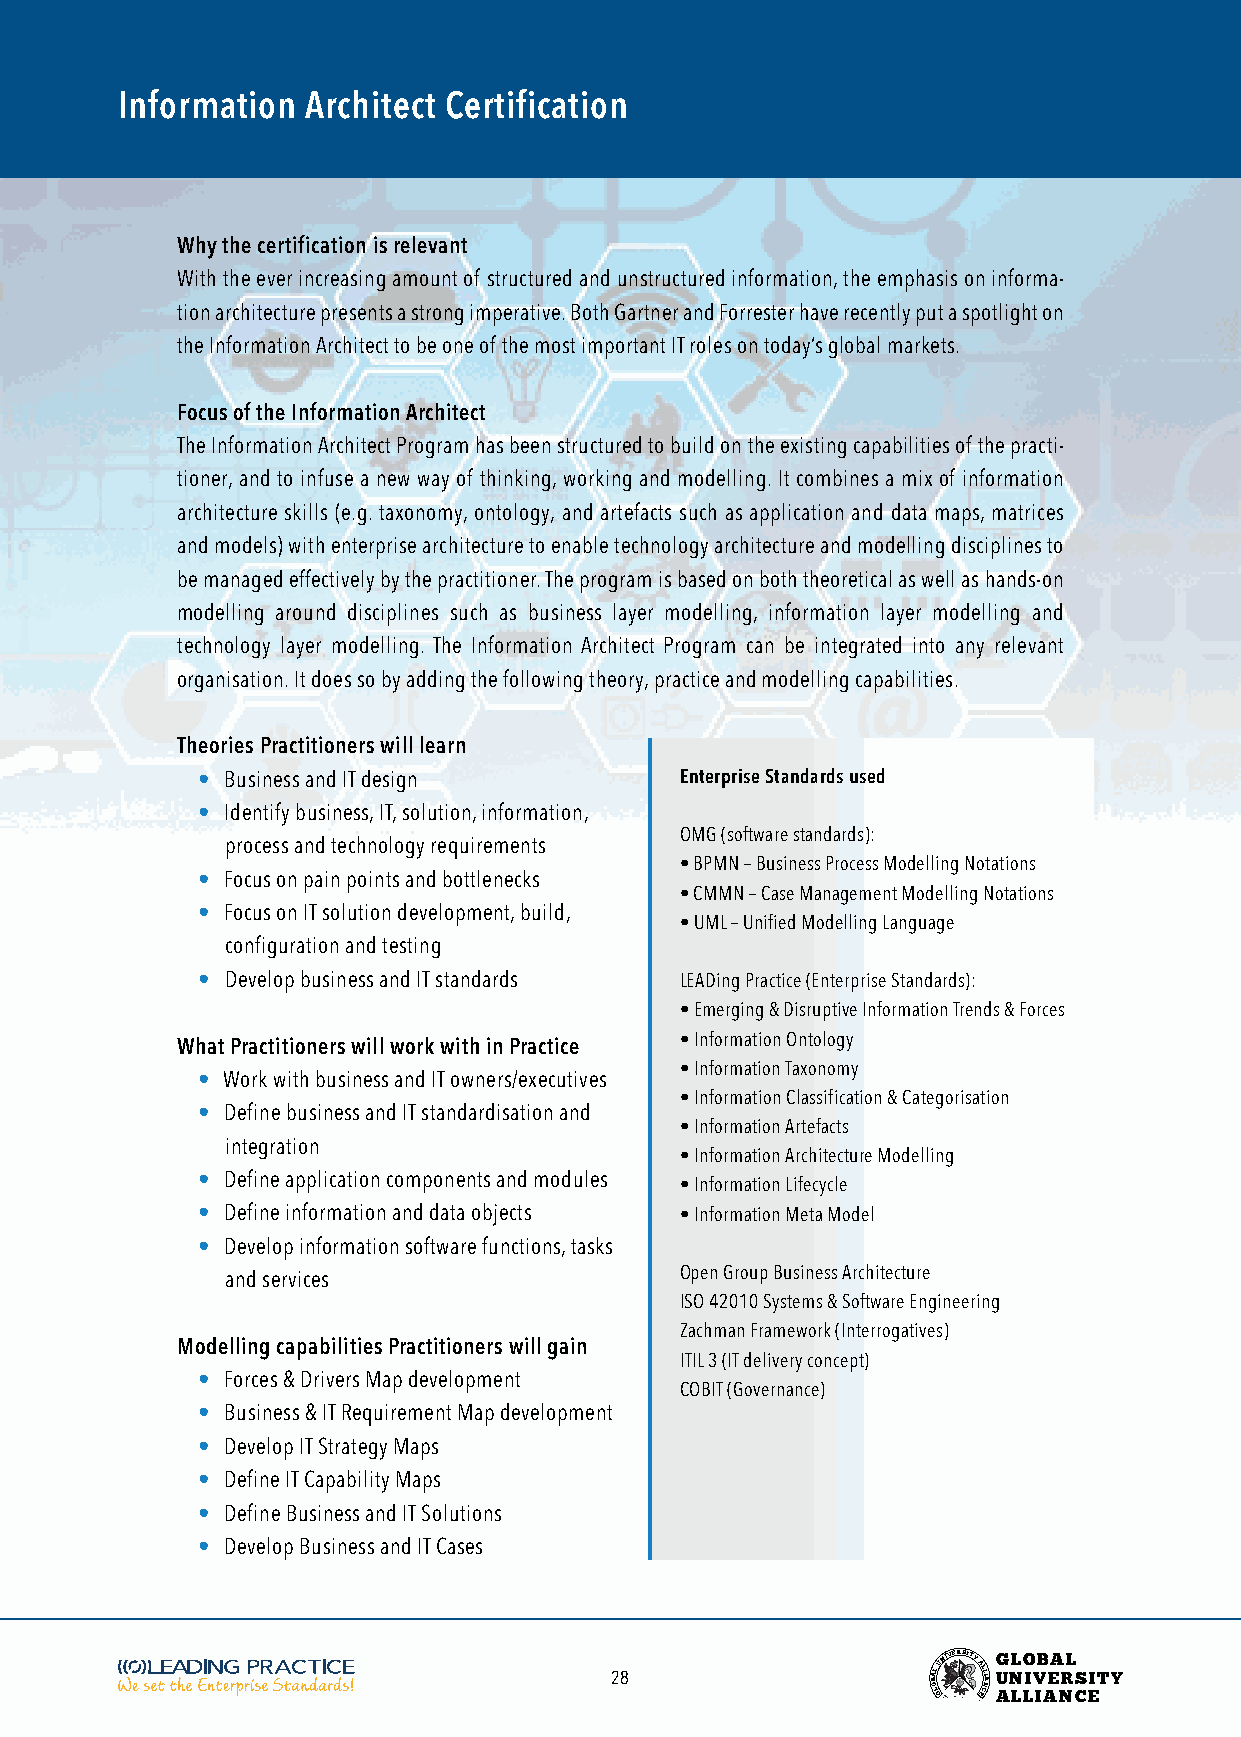
Information Architect Certification
 Why the certification is relevant
 With the ever increasing amount of structured and unstructured information, the emphasis on informa-
 tion architecture presents a strong imperative. Both Gartner and Forrester have recently put a spotlight on
 the Information Architect to be one of the most important IT roles on today’s global markets.
 Focus of the Information Architect
 The Information Architect Program has been structured to build on the existing capabilities of the practi-
 tioner, and to infuse a new way of thinking, working and modelling. It combines a mix of information
 architecture skills (e.g. taxonomy, ontology, and artefacts such as application and data maps, matrices
 and models) with enterprise architecture to enable technology architecture and modelling disciplines to
 be managed effectively by the practitioner. The program is based on both theoretical as well as hands-on
 modelling around disciplines such as business layer modelling, information layer modelling and
 technology layer modelling. The Information Architect Program can be integrated into any relevant
 organisation. It does so by adding the following theory, practice and modelling capabilities.
 Theories Practitioners will learn
 • Business and IT design        Enterprise Standards used
 • Identify business, IT, solution, information,
 OMG (software standards):
 process and technology requirements
 • BPMN – Business Process Modelling Notations
 • Focus on pain points and bottlenecks
 • CMMN – Case Management Modelling Notations
 • Focus on IT solution development, build,
 • UML – Unified Modelling Language
 configuration and testing
 • Develop business and IT standards LEADing Practice (Enterprise Standards):
 • Emerging & Disruptive Information Trends & Forces
 What Practitioners will work with in Practice • Information Ontology
 • Information Taxonomy
 • Work with business and IT owners/executives
 • Information Classification & Categorisation
 • Define business and IT standardisation and
 • Information Artefacts
 integration
 • Information Architecture Modelling
 • Define application components and modules
 • Information Lifecycle
 • Define information and data objects • Information Meta Model
 • Develop information software functions, tasks
 and services                  Open Group Business Architecture
 ISO 42010 Systems & Software Engineering
 Zachman Framework (Interrogatives)
 Modelling capabilities Practitioners will gain
 ITIL 3 (IT delivery concept)
 • Forces & Drivers Map development
 COBIT (Governance)
 • Business & IT Requirement Map development
 • Develop IT Strategy Maps
 • Define IT Capability Maps
 • Define Business and IT Solutions
 • Develop Business and IT Cases
 28                    BOA LL
 GUNIVERSITY
 AL EL CI NA
 G
 U
 ANL LO
 LIV
 IB AEA NRL
 CS EITY